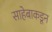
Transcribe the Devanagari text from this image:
साहेबाकडून